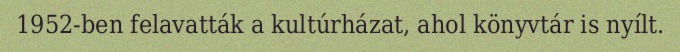
1952-ben felavatták a kultúrházat, ahol könyvtár is nyílt.